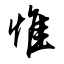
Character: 惟